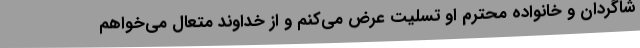
شاگردان و خانواده محترم او تسلیت عرض می‌کنم و از خداوند متعال می‌خواهم